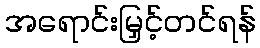
အရောင်းမြှင့်တင်ရန်